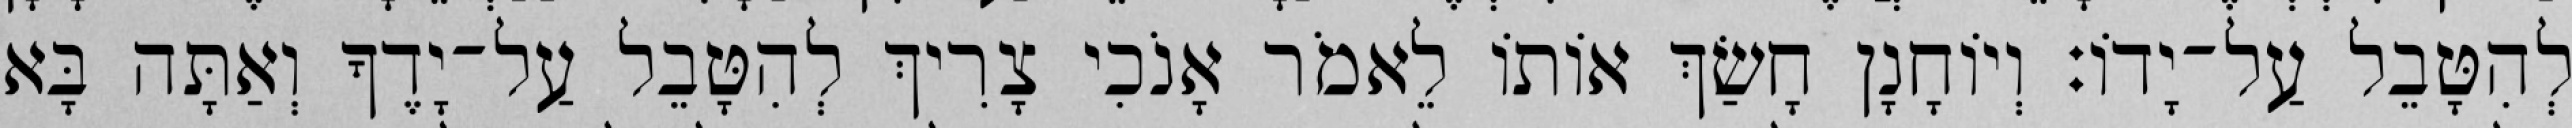
לְהִטָּבֵל עַל־יָדוֹ׃ וְיוֹחָנָן חָשַׂךְ אוֹתוֹ לֵאמֹר אָנֹכִי צָרִיךְ לְהִטָּבֵל עַל־יָדֶךָ וְאַתָּה בָּא